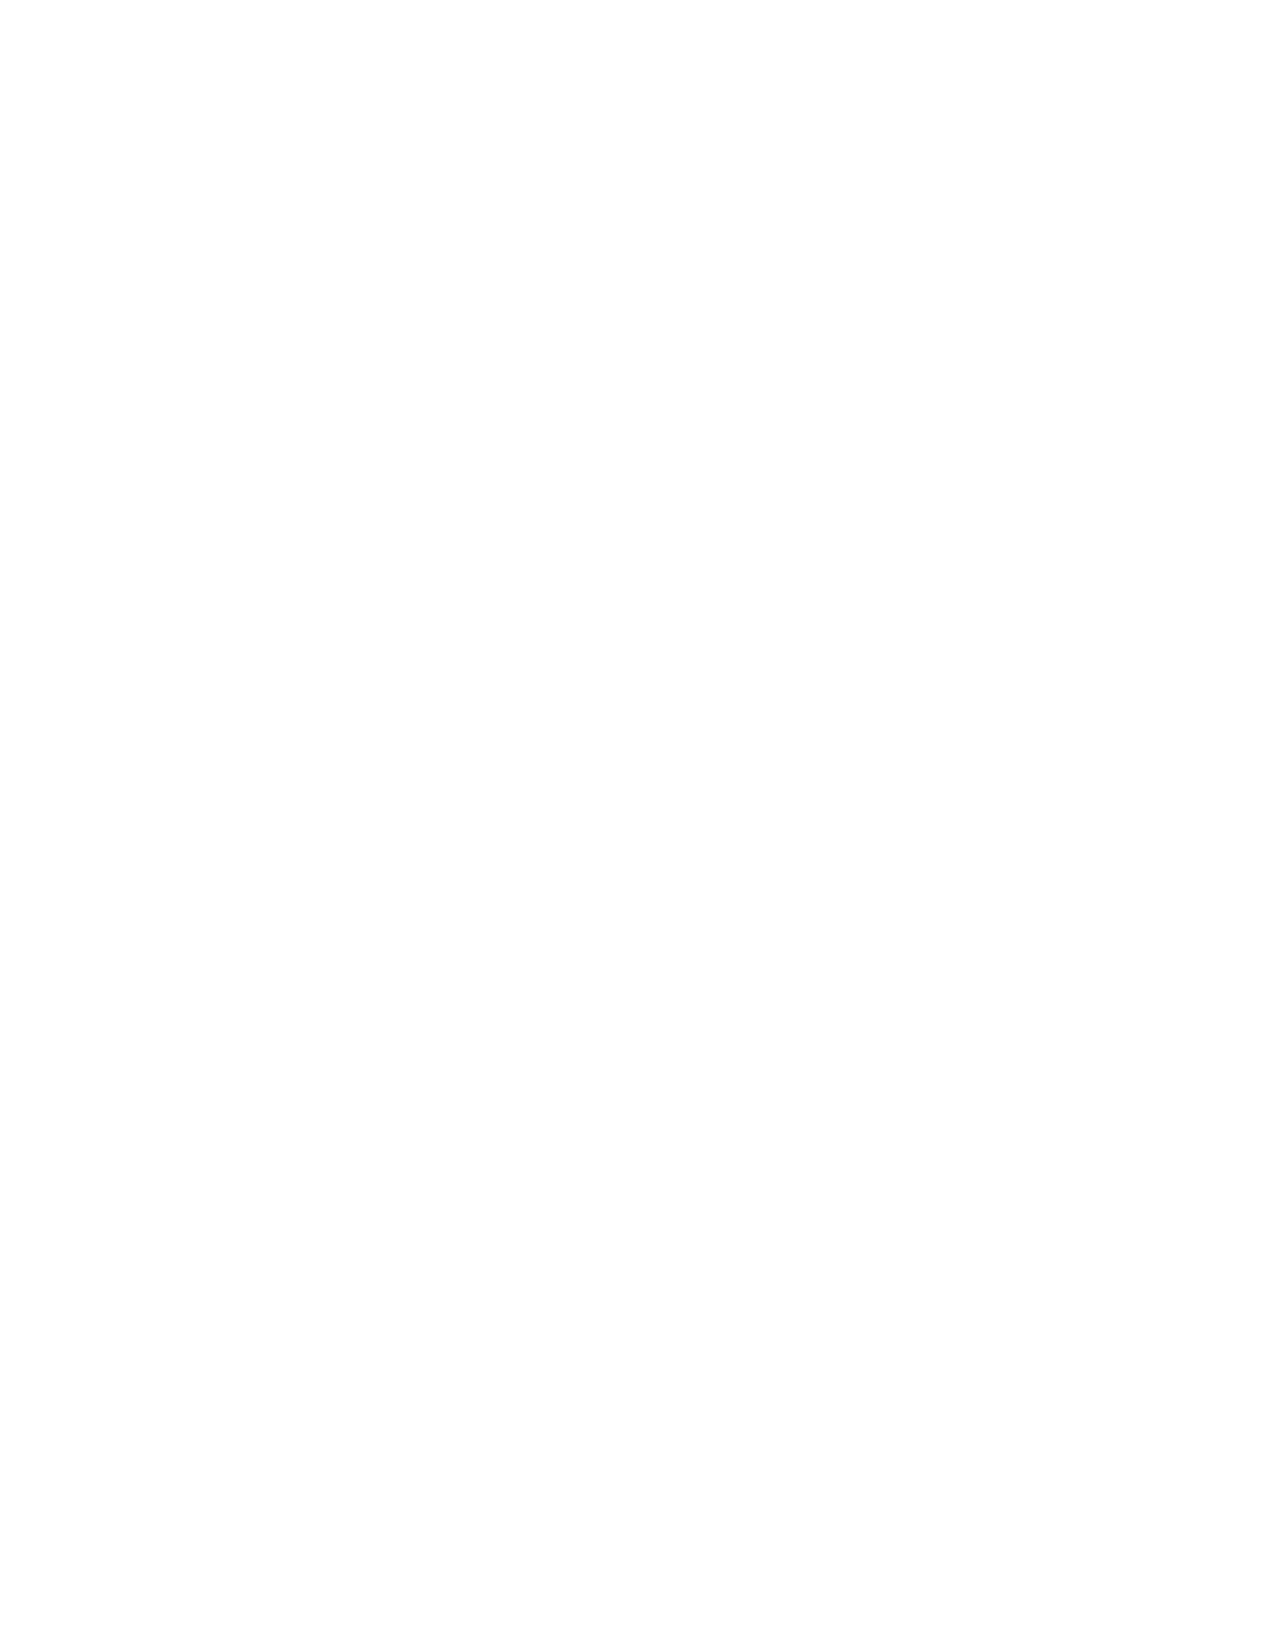
OASIS SMALL BUSINESS CONTRACT (POOL 1)
 Page 42
 H.6.2. Acceptable Estimating System
 An estimating system is a system that includes policies, procedures, and practices for budgeting and planning controls,
 and generating estimates of costs and other data included in proposals submitted to customers in the expectation of
 receiving contract awards.
 An acceptable estimating system means an estimating system that is:
 1. Maintained, reliable, and consistently applied
 2. Produces verifiable, supportable, documented, and timely cost estimates that are an acceptable basis for negotiation
 of fair and reasonable prices
 3. Is consistent with and integrated with the Contractor’s related management systems
 4. Is subject to applicable financial control systems
 An Acceptable Estimating System is not mandatory; however, Contractors are encouraged to have an acceptable estimating
 system approved by the Defense Contract Management Agency (DCMA) or other cognizant auditor for the entire term of
 OASIS SB. The Contractor shall notify the OASIS SB CO and designated OCO for affected task orders, in writing, if there are
 any changes in the status of their estimating system and provide the reasons for the change and copies of audit reports, as
 applicable.
 H.6.3. Reserved
 H.6.4. Forward Pricing Rate Agreements, Forward Pricing Rate Recommendations, and Approved Billing
 Rates
 Billing rates and final indirect cost rates may be used in reimbursing indirect costs under cost-reimbursement task orders and
 in determining progress payments under fixed-price task orders.
 A Forward Pricing Rate Agreement (FPRA) means a written agreement to make certain rates available during a specified
 period for use in pricing contracts or modifications. These rates represent reasonable projections of specific costs that are not
 easily estimated for, identified with, or generated by a specific contract, contract end item, or task. These projections may
 include rates for such things as direct labor, indirect costs, material obsolescence and usage, and material handling.
 A Forward Pricing Rate Recommendation (FPRR) means a set of rates and factors unilaterally established by the ACO for use
 by the Government in negotiations or other contract actions when forward pricing rate agreement negotiations have not been
 completed or when the Contractor will not agree to a forward pricing rate agreement.
 Approved Billing Rates means an indirect cost rate established temporarily for interim reimbursement of incurred indirect costs
 and adjusted as necessary pending establishment of final indirect cost rates.
 For Time and Material, Labor-Hour, and Cost Reimbursement (all types) task orders solicited and awarded under OASIS SB,
 Contractors are encouraged to execute a FPRA and/or approved billing rates to the maximum extent practicable. Contractors
 may use FPRRs when an FPRA has not been negotiated.
 The Contractor shall notify the OASIS SB CO and designated OCO for affected task orders, in writing, if there are any
 changes in the status of their FPRA, FPRR, and/or approved billing rates and provide the reasons for the change and
 copies of audit reports, as applicable.
 FPRA, FPRR, and/or Approved Billing Rates will not be disclosed on the OASIS SB website. Only the OCO will have
 access to this information upon request.